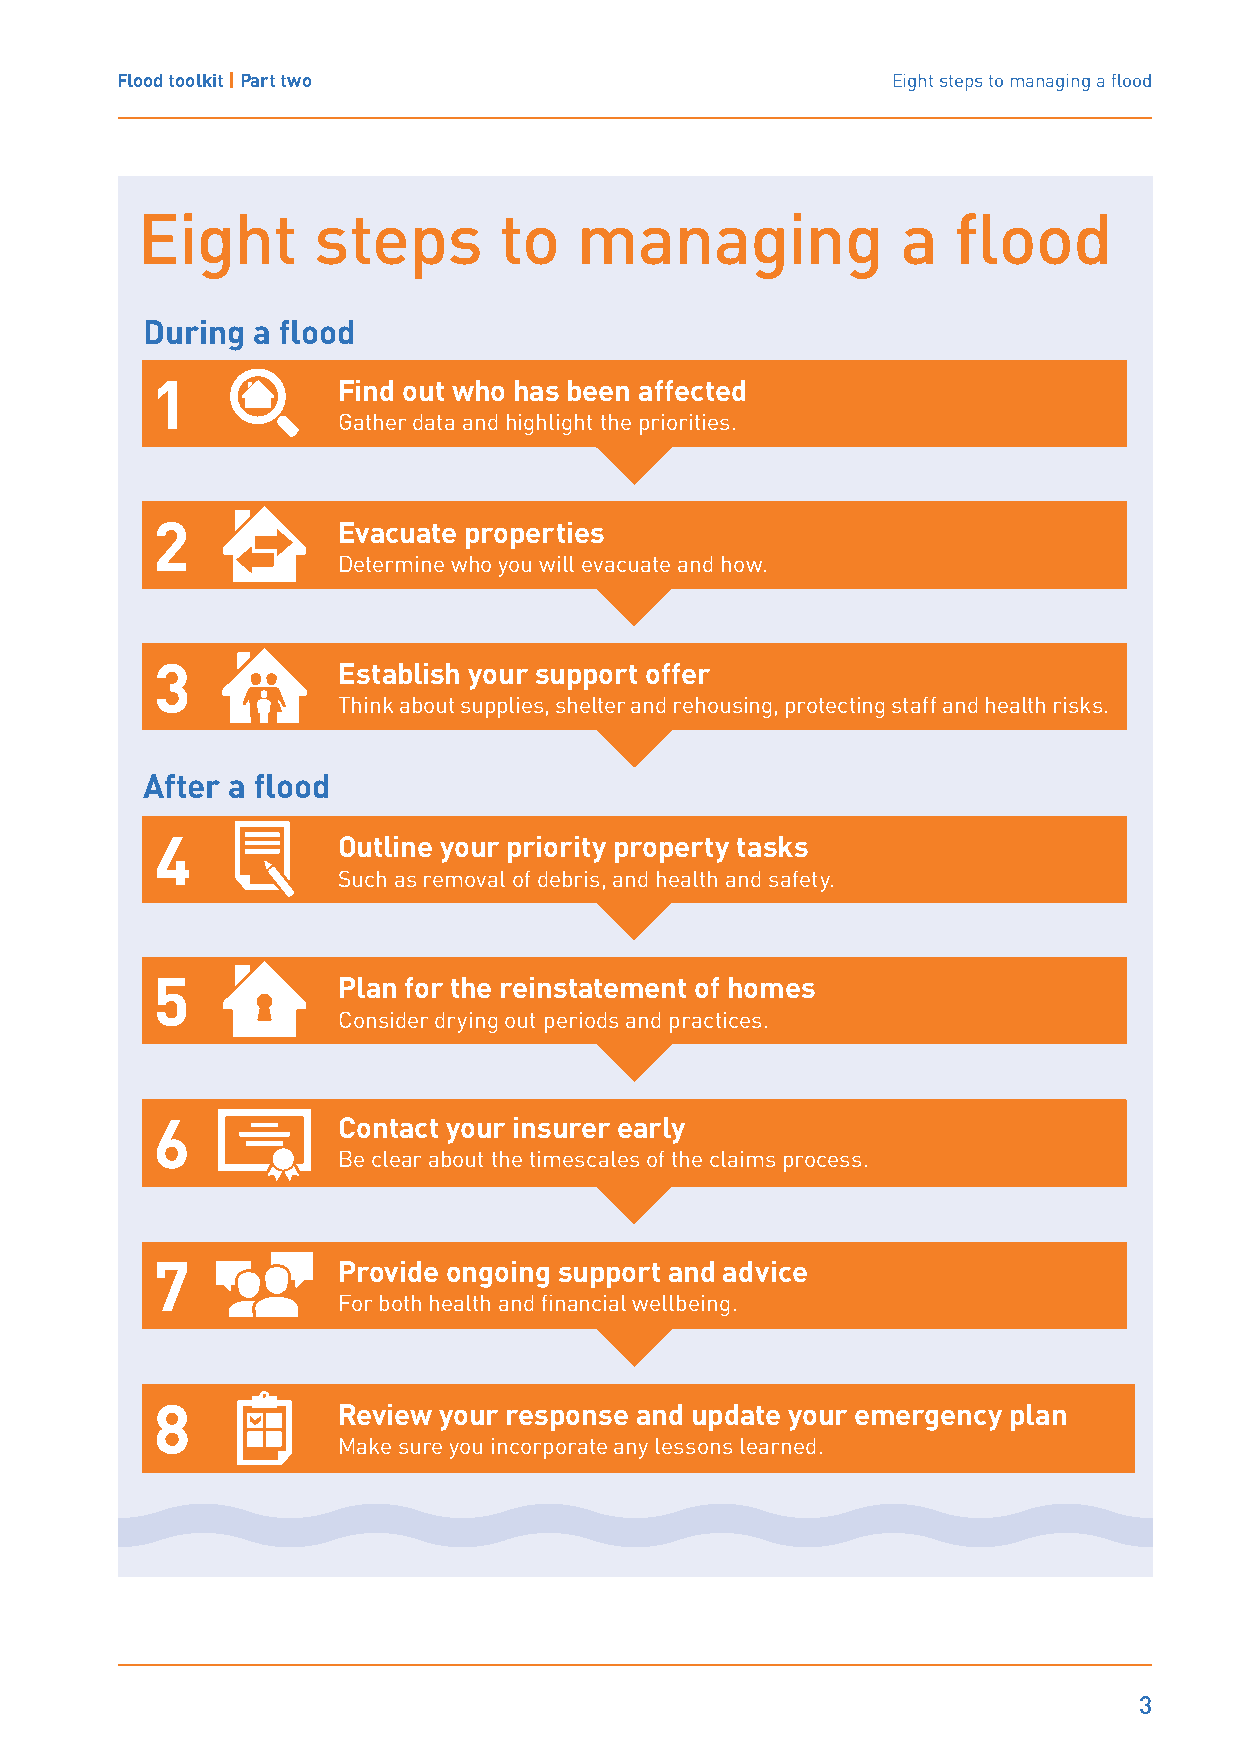
Flood toolkit | Part two                           Eight steps to managing a flood
 Eight       steps       to   managing              a  flood
 During  a flood
 1           Find out who has been affected
 Gather data and highlight the priorities.
 2           Evacuate properties
 Determine who you will evacuate and how.
 3           Establish your support offer
 Think about supplies, shelter and rehousing, protecting staff and health risks.
 After a flood
 4           Outline your priority property tasks
 Such as removal of debris, and health and safety.
 5           Plan for the reinstatement of homes
 Consider drying out periods and practices.
 6           Contact your insurer early
 Be clear about the timescales of the claims process.
 7           Provide ongoing support and advice
 For both health and financial wellbeing.
 8           Review your response and update your emergency plan
 Make sure you incorporate any lessons learned.
 3